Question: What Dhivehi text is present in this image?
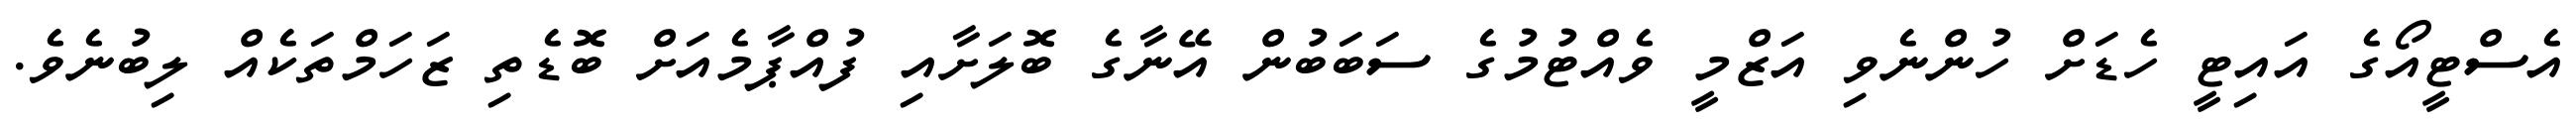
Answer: އެސްޓީއޯގެ އައިޓީ ހެޑަށް ހުންނެވި އަޒްމީ ވެއްޓުމުގެ ސަބަބުން އޭނާގެ ބޮލަށާއި ފުއްޕާމެއަށް ބޮޑެތި ޒަހަމްތަކެއް ލިބުނެވެ.